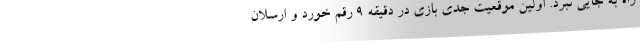
راه به جایی نبرد. اولین موقعیت جدی بازی در دقیقه ۹ رقم خورد و ارسلان